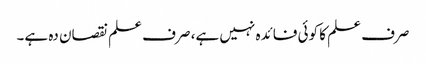
صرف علم کا کوئی فائدہ نہیں ہے، صرف علم نقصان دہ ہے۔